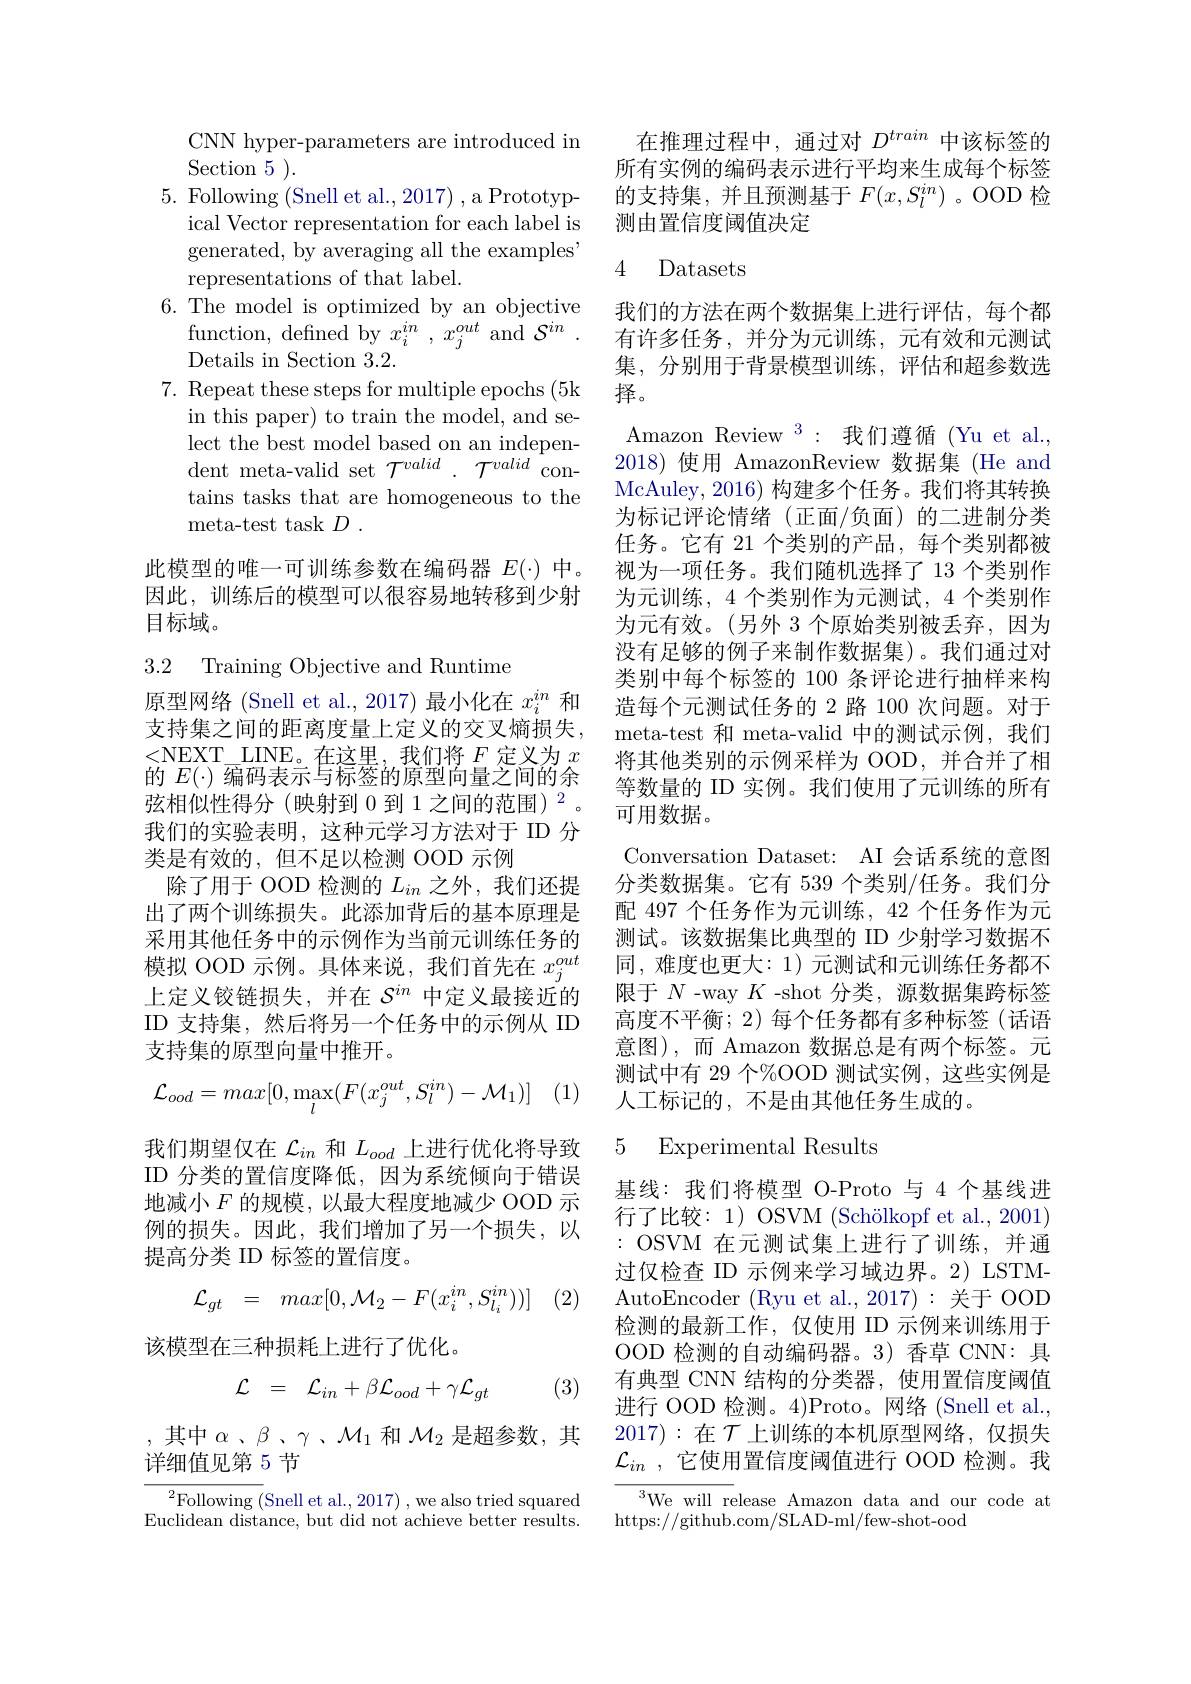
CNN hyper-parameters are introduced in
$\operatorname { Section} 5$ ).
5. Following (Snell et al., 2017) , a Prototyp-
ical Vector representation for each label is generated, by averaging all the examples' representations of that label.
6. The model is optimized by an objective
$\begin{array}{cc}{\mathrm{function,~defined~by~}x_{i}^{in}~,~x_{j}^{out}~and~}\mathcal{S}^{in}~.\end{array}$
Details in Section 3. 2.
7. Repeat these steps for multiple epochs (5k
in this paper) to train the model, and select the best model based on an independent meta-valid set $\mathcal{T}^valid~.~\mathcal{T}^{valid}$contains tasks that are homogeneous to the meta- test task $D$ .

此模型的唯一可训练参数在编码器$E(\cdot)$中。因此，训练后的模型可以很容易地转移到少射目标域。

3.2 Training Objective and Runtime

原型网络(Snell et al., 2017) 最小化在$x_i^{in}$和支持集之间的距离度量上定义的交叉熵损失， <NEXT$\underset{\text{P}}{\operatorname*{\mathrm{LINE。在这里，我们将}}}F$定义为$x$ 的$E(\cdot)$编码表示与标签的原型向量之间的余弦相似性得分(映射到 0 到 1 之间的范围) $^{2}$。我们的实验表明，这种元学习方法对于 ID 分类是有效的，但不足以检测 OOD 示例
除了用于 OOD 检测的$L_{in}$之外，我们还提出了两个训练损失。此添加背后的基本原理是采用其他任务中的示例作为当前元训练任务的模拟 OOD 示例。具体来说，我们首先在$x_j^{out}$ 上定义铰链损失，并在$\mathcal{S}^in$中定义最接近的ID 支持集，然后将另一个任务中的示例从 ID 支持集的原型向量中推开。
$$\mathcal{L}_{ood}=max[0,\max_{l}(F(x_{j}^{out},S_{l}^{in})-\mathcal{M}_{1})]$$
我们期望仅在$\mathcal{L}_in$和$L_ood$上进行优化将导致ID 分类的置信度降低，因为系统倾向于错误地减小$F$ 的规模，以最大程度地减少 OOD 示例的损失。因此，我们增加了另一个损失，以提高分类 ID 标签的置信度。
$$\mathcal{L}_{gt}\:=\:max[0,\mathcal{M}_{2}-F(x_{i}^{in},S_{l_{i}}^{in}))]$$
(2)

该模型在三种损耗上进行了优化。

(3)
$$\begin{matrix}\mathcal{L}&=&\mathcal{L}_{in}+\beta\mathcal{L}_{ood}+\gamma\mathcal{L}_{gt}\end{matrix}$$
,其中$\alpha$、$\beta$、$\gamma$、$\mathcal{M}_1$ 和 $\mathcal{M}_2$ 是超参数，其
详细值见第 5 节

$^{2}$Following (Snell et al., 2017) , we also tried squared Euclidean distance, but did not achieve better results.

在推理过程中，通过对$D^train$中该标签的所有实例的编码表示进行平均来生成每个标签的支持集，并且预测基于$F(x,S_l^{in})$ 。OOD 检测由置信度阈值决定

### 4 Datasets

我们的方法在两个数据集上进行评估，每个都有许多任务，并分为元训练，元有效和元测试集，分别用于背景模型训练，评估和超参数选择。
Amazon Review $^3:$我们遵循(Yu et al., 2018) 使用 AmazonReview 数据集 (He and McAuley, 2016) 构建多个任务。我们将其转换为标记评论情绪(正面/负面)的二进制分类任务。它有 21 个类别的产品，每个类别都被视为一项任务。我们随机选择了 13 个类别作为元训练，4 个类别作为元测试，4 个类别作为元有效。(另外 3 个原始类别被丢弃，因为没有足够的例子来制作数据集)。我们通过对类别中每个标签的 100 条评论进行抽样来构造每个元测试任务的 2 路 100 次问题。对于meta-test 和 meta-valid 中的测试示例，我们将其他类别的示例采样为 OOD,并合并了相等数量的 ID 实例。我们使用了元训练的所有可用数据。
Conversation Dataset: AI 会话系统的意图分类数据集。它有 539 个类别/任务。我们分配 497 个任务作为元训练，42 个任务作为元测试。该数据集比典型的 ID 少射学习数据不同，难度也更大：1)元测试和元训练任务都不限于$N$ -way $K$ -shot 分类，源数据集跨标签高度不平衡；2) 每个任务都有多种标签(话语意图),而 Amazon 数据总是有两个标签。元测试中有 29 个%OOD 测试实例，这些实例是人工标记的，不是由其他任务生成的。

## 5 Experimental Results

基线：我们将模型 O-Proto 与 4 个基线进行了比较：1) OSVM (Schölkopf et al.,2001) : OSVM 在元测试集上进行了训练，并通过仅检查 ID 示例来学习域边界。2) LSTMAutoEncoder (Ryu et al., 2017): 关于 OOD 检测的最新工作，仅使用 ID 示例来训练用于OOD 检测的自动编码器。3)香草 CNN:具有典型 CNN 结构的分类器，使用置信度阈值进行 OOD 检测。4)Proto。网络(Snell et al., 2017):在$\mathcal{T}$上训练的本机原型网络，仅损失$\mathcal{L} _{in}$ ,它使用置信度阈值进行 OOD 检测。我

$^{3}$We will release Amazon data and our code at
https://github.com/SLAD-ml/few-shot-ood